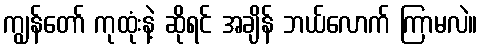
ကျွန်တော် ကုထုံးနဲ့ ဆိုရင် အချိန် ဘယ်လောက် ကြာမလဲ။